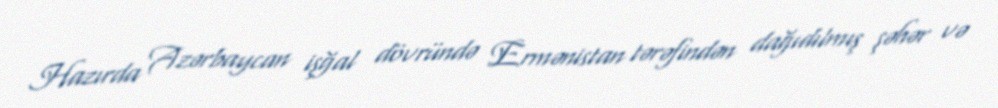
Hazırda Azərbaycan işğal dövründə Ermənistan tərəfindən dağıdılmış şəhər və